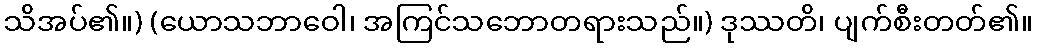
သိအပ်၏။) (ယောသဘာဝေါ၊ အကြင်သဘောတရားသည်။) ဒုဿတိ၊ ပျက်စီးတတ်၏။